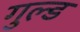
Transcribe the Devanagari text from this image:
गुल्ड